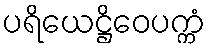
ပရိယေဋ္ဌိဝေပက္ကံ